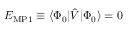
E _ { \mathrm { M P 1 } } \equiv \langle \Phi _ { 0 } | { \hat { V } } | \Phi _ { 0 } \rangle = 0